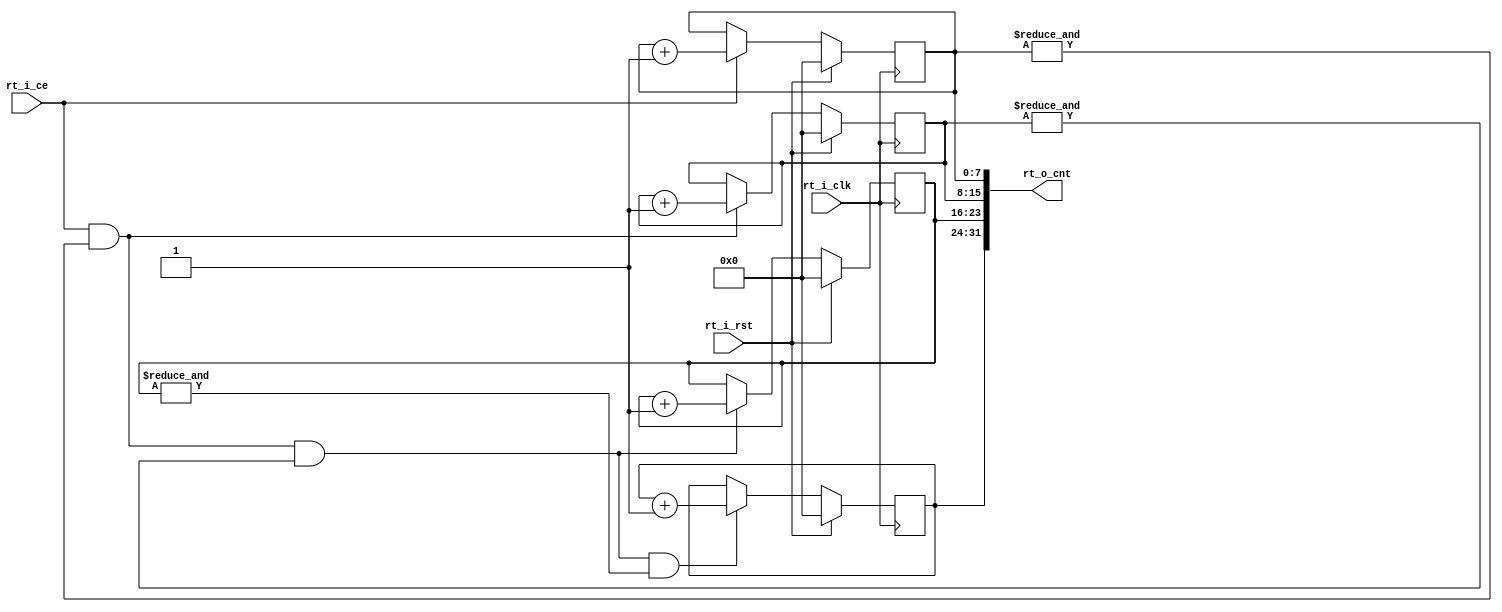
module rt_32b_cnt(
  input         rt_i_clk,
  input         rt_i_rst,
  input         rt_i_ce,
  output [31:0] rt_o_cnt
);

reg [7:0] rt_r_cnt0 = 8'd0;
reg [7:0] rt_r_cnt1 = 8'd0;
reg [7:0] rt_r_cnt2 = 8'd0;
reg [7:0] rt_r_cnt3 = 8'd0;

wire rt_w_cnt0_full;
wire rt_w_cnt1_full;
wire rt_w_cnt2_full;
assign rt_w_cnt0_full = &rt_r_cnt0;
assign rt_w_cnt1_full = &rt_r_cnt1;
assign rt_w_cnt2_full = &rt_r_cnt2;
assign rt_o_cnt = {rt_r_cnt3, rt_r_cnt2, rt_r_cnt1,rt_r_cnt0};

always@(posedge rt_i_clk) begin
  if(rt_i_rst)
    rt_r_cnt0 <= 8'd0; 
  else if(rt_i_ce) 
    rt_r_cnt0 <= rt_r_cnt0 + 1'b1;
end

always@(posedge rt_i_clk) begin
  if(rt_i_rst)
    rt_r_cnt1 <= 8'd0;
  else if(rt_i_ce&rt_w_cnt0_full)
    rt_r_cnt1 <= rt_r_cnt1 + 1'b1;
end

always@(posedge rt_i_clk) begin
  if(rt_i_rst)
    rt_r_cnt2 <= 8'd0;
  else if(rt_i_ce&rt_w_cnt0_full&rt_w_cnt1_full)
    rt_r_cnt2 <= rt_r_cnt2 + 1'b1;
end

always@(posedge rt_i_clk) begin
  if(rt_i_rst)
    rt_r_cnt3 <= 8'd0;
  else if(rt_i_ce&rt_w_cnt0_full&rt_w_cnt1_full&rt_w_cnt2_full)
    rt_r_cnt3 <= rt_r_cnt3 + 1'b1;
end


endmodule